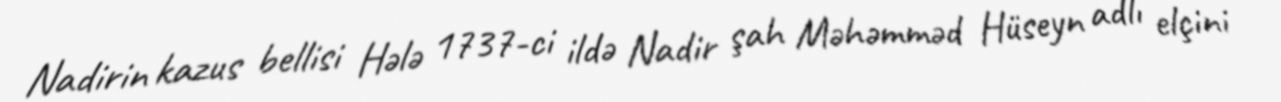
Nadirin kazus bellisi Hələ 1737-ci ildə Nadir şah Məhəmməd Hüseyn adlı elçini